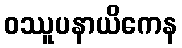
ဝဿူပနာယိကေန